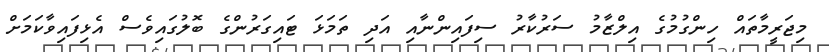
މިޖަރީމާތައް ހިންގުމުގެ އިލްޒާމު ސަރުކާރު ސިފައިންނާއި އަދި ތަމަޅަ ޓައިގަރުންގެ ބޮލުގައިވެސް އެޅިފައިވާކަމަށް